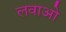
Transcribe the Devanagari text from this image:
लवाओ